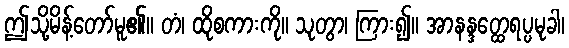
ဤသို့မိန့်တော်မူ၏။ တံ၊ ထိုစကားကို။ သုတွာ၊ ကြား၍။ အာနန္ဒတ္ထေရပ္ပမုခါ၊